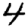
Digit: 4